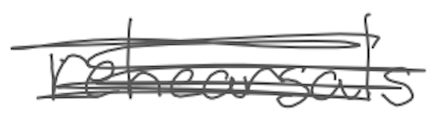
Text: rehearsals
Cross-out: scratch
Writing tool: digital_gray